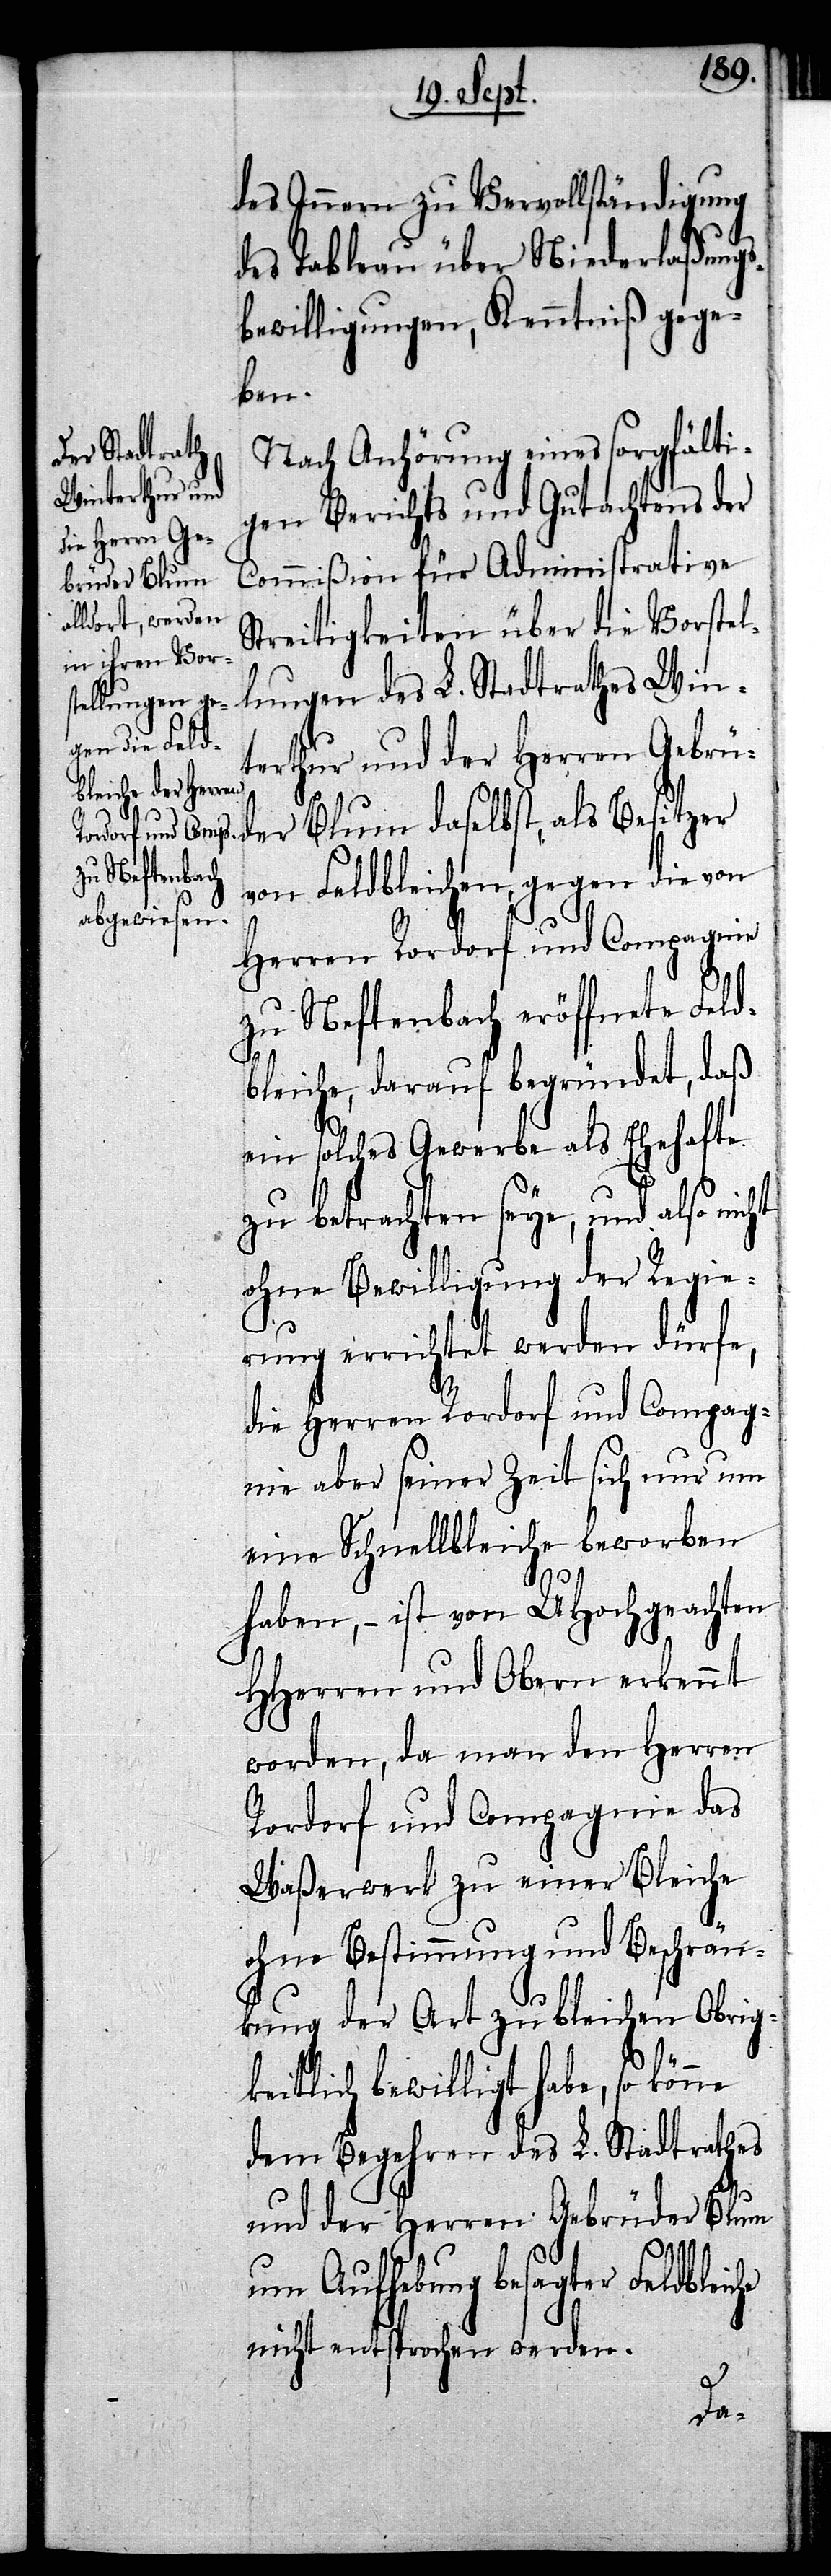
des Innern zu Vervollständigung
des Tableau über Niederlaßungs¬
bewilligungen, Kenntniß gege¬
ben.
Nach Anhörung eines sorgfälti¬
gen Berichts und Gutachtens der
Commißion für Administrative
Streitigkeiten über die Vorstel¬
lungen des L. Stadtrathes Win¬
terthur und der Herren Gebrü¬
der Blum daselbst, als Besitzer
von Feldbleichen, gegen die von
Herren Rordorf und Compagnie
zu Neftenbach eröffnete Feld¬
bleiche, darauf begründet, daß
ein solches Gewerbe als Ehehafte
zu betrachten seye, und also nicht
ohne Bewilligung der Regie¬
rung errichtet werden dürfe,
die Herren Rordorf und Compag¬
nie aber seiner Zeit sich nur um
eine Schnellbleiche beworben
haben, – ist von UHochgeachten
HHerren und Obern erkennt
worden, da man den Herren
Rordorf und Compagnie das
Waßerwerk zu einer Bleiche
ohne Bestimmung und Beschrän¬
kung der Art zu bleichen Obrig¬
keitlich bewilligt habe, so könne
dem Begehren des L. Stadtrathes
und der Herren Gebrüder Blum
um Aufhebung besagter Feldbleiche
nicht entsprochen werden.